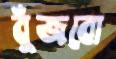
বুঁজবো